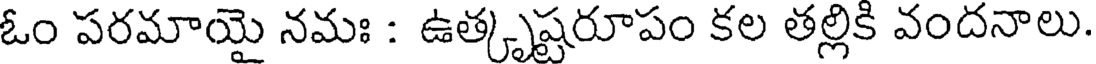
ఓం పరమాయై నమః : ఉత్కృష్టరూపం కల తల్లికి వందనాలు